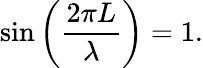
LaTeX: \sin\left({\frac{2\pi L}{\lambda}}\right)=1.